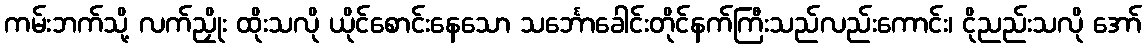
ကမ်းဘက်သို့ လက်ညှိုး ထိုးသလို ယိုင်စောင်းနေသော သင်္ဘောခေါင်းတိုင်နက်ကြီးသည်လည်းကောင်း၊ ငိုညည်းသလို အော်